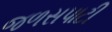
જળસપાટી